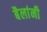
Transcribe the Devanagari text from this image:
बैलांनी